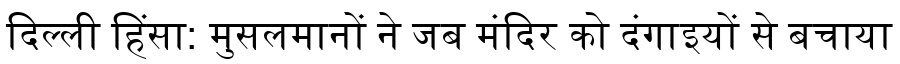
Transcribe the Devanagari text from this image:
दिल्ली हिंसा: मुसलमानों ने जब मंदिर को दंगाइयों से बचाया